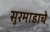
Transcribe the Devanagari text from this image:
सुरमाडाचे